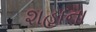
શહાના